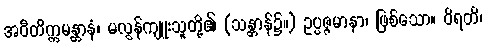
အဝီတိက္ကမန္တာနံ၊ မလွန်ကျူးသူတို့၏ (သန္တာန်၌။) ဥပ္ပဇ္ဇမာနာ၊ ဖြစ်သော။ ဝိရတိ၊